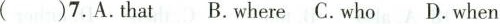
( )7.A.that B.where C.who D.when